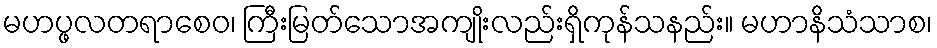
မဟပ္ဖလတရာစေဝ၊ ကြီးမြတ်သောအကျိုးလည်းရှိကုန်သနည်း။ မဟာနိသံသာစ၊